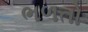
ભળતો